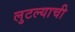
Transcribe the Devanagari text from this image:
लुटल्याची